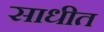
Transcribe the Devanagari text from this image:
साधीत